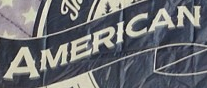
AMERICAN